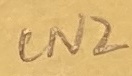
Text: CN2